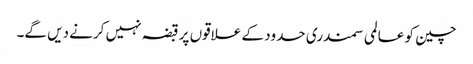
چین کو عالمی سمندری حدود کے علاقوں پر قبضہ نہیں کرنے دیں گے۔